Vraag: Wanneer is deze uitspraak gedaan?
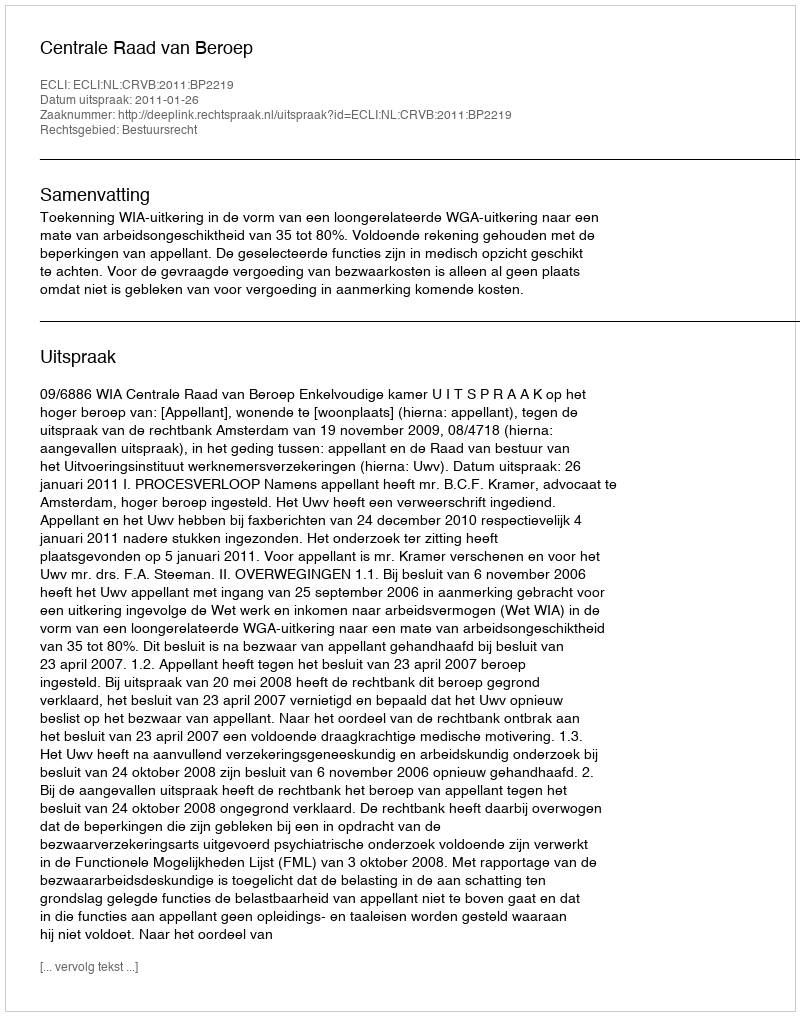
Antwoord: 2011-01-26